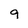
Character: 9